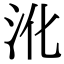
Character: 沎